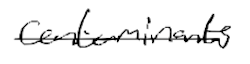
Text: contaminants
Cross-out: single-line
Writing tool: digital_black